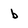
Character: b